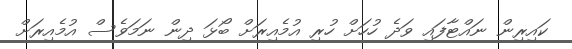
ކައިރިން ނައްޓާފައި ވަދެ ހުހަށް ހުރި އުމެއިރަށް ބޯޅަ ދިން ނަމަވެސް އުމެއިރަށް